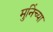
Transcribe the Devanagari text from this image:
मुनिंच्या